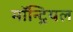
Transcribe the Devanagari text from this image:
माॅन्ट्रियल